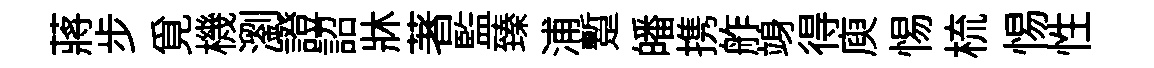
蔣步覓機瀏證詔牀著監臻浦蹔皤携舴竧得庾惕梳惕性